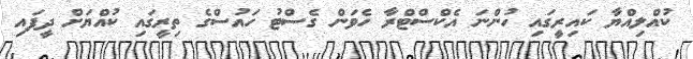
ކުއްލިއްޔާ ކައިރީގައި ހުންނަ އެކްސްޓްރާ ހެވަން ގެސްޓު ހައުސްގެ ތިރީގައި ކުއްޔަށް ދީފައި